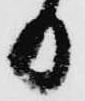
日